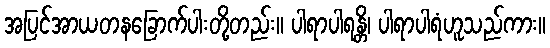
အပြင်အာယတနခြောက်ပါးတို့တည်း။ ပါရာပါရန္တိ၊ ပါရာပါရံဟူသည်ကား။